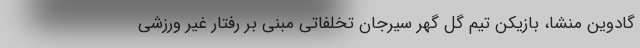
گادوین منشا، بازیکن تیم گل گهر سیرجان تخلفاتی مبنی بر رفتار غیر ورزشی